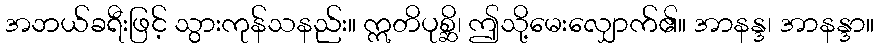
အဘယ်ခရီးဖြင့် သွားကုန်သနည်း။ ဣတိပုစ္ဆိ၊ ဤသို့မေးလျှောက်၏။ အာနန္ဒ၊ အာနန္ဒာ။